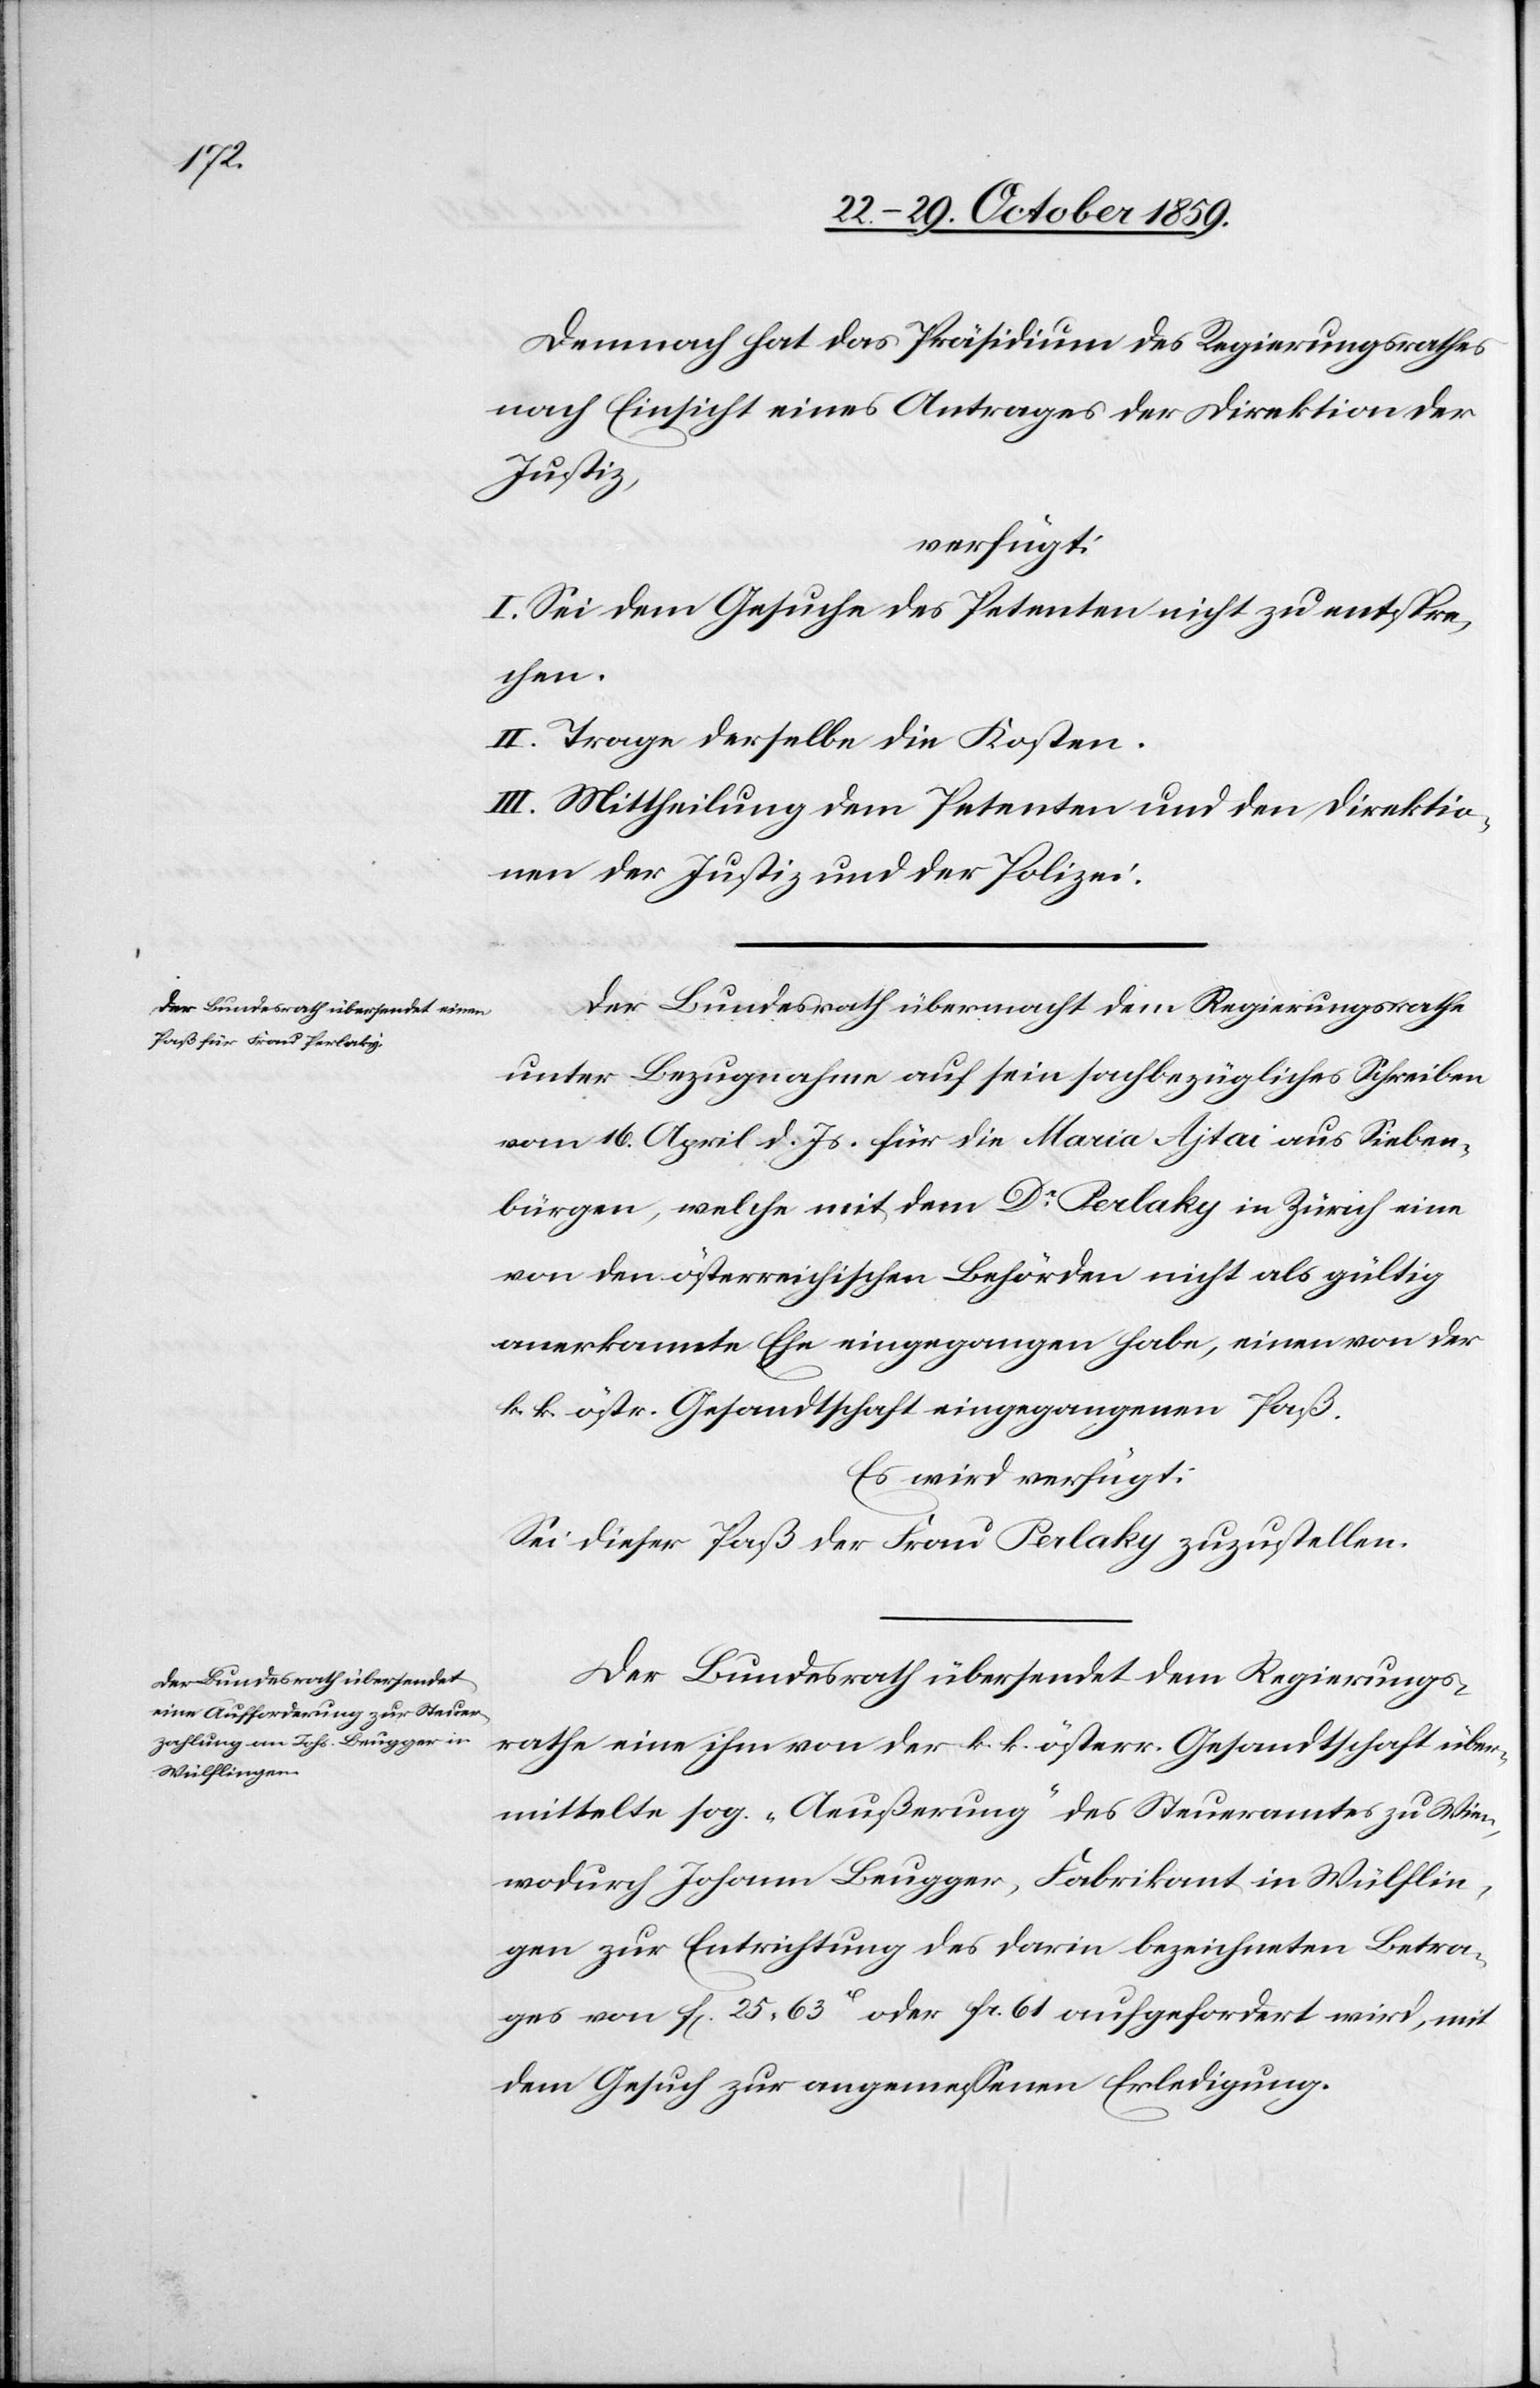
27. October 1859.]
Demnach hat das Präsidium des Regierungsrathes
nach Einsicht eines Antrages der Direktion der
Justiz,
verfügt:
I. Sei dem Gesuche des Petenten nicht zu entspre¬
chen.
II. Trage derselbe die Kosten.
III. Mittheilung dem Petenten und den Direktio¬
nen der Justiz und der Polizei.
Der Bundesrath übermacht dem Regierungsrathe
unter Bezugnahme auf sein sachbezügliches Schreiben
vom 16. April d. Js. für die Maria Ajtai aus Sieben¬
bürgen, welche mit dem Dr. Perlaky in Zürich eine
von den österreichischen Behörden nicht als gültig
anerkannte Ehe eingegangen habe, einen von der
k. k. östr. Gesandtschaft eingegangenen Paß.
Es wird verfügt:
Sei dieser Paß der Frau Perlaky zuzustellen.
Der Bundesrath übersendet dem Regierungs¬
rathe eine ihm von der k. k. österr. Gesandtschaft über¬
mittelte sog. „Aeußerung“ des Steueramtes zu Wien,
wodurch Johann Beugger, Fabrikant in Wülflin¬
gen zur Entrichtung des darin bezeichneten Betra¬
ges von fl. 25 63 H. oder fr. 61 aufgefordert wird, mit
dem Gesuch zur angemessenen Erledigung.